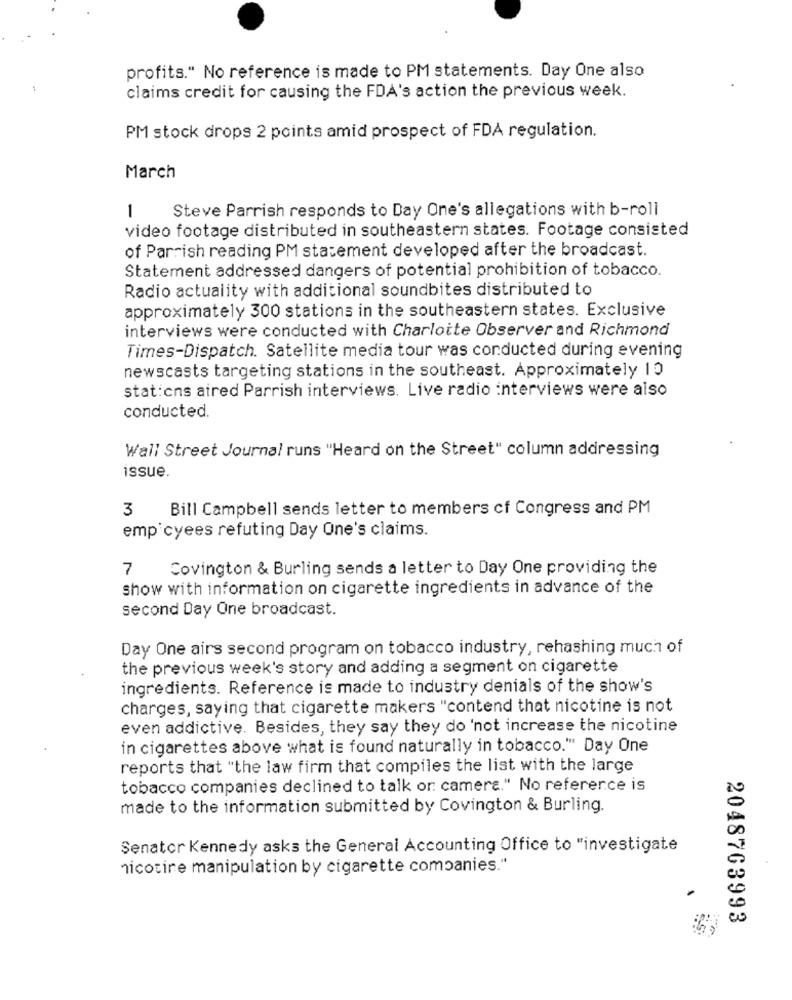
profits." No reference is made to PM statements. Day One also
claims credit for causing the FDA's action the previous week.
PM stock drops 2 points amid prospect of FDA regulation.
March
Steve Parrish responds to Day One's allegations with b-roll
1
video footage distributed in southeastern states. Footage consisted
of Parrish reading PM statement developed after the broadcast.
Statement addressed dangers of potential prohibition of tobacco.
Radio actuality with additional soundbites distributed to
approximately 300 stations in the southeastern states. Exclusive
interviews were conducted with Charlotte Observer and Richmond
Times-Dispatch. Satellite media tour was conducted during evening
newscasts targeting stations in the southeast. Approximately 10
stations aired Parrish interviews. Live radio interviews were also
conducted.
Wall Street Journal runs "Heard on the Street" column addressing
issue.
3
Bill Campbell sends letter to members of Congress and PM
emp cyees refuting Day One's claims.
7
Covington & Burling sends a letter to Day One providing the
show with information on cigarette ingredients in advance of the
second Day One broadcast.
Day One airs second program on tobacco industry, rehashing much of
the previous week's story and adding a segment on cigarette
ingredients. Reference is made to industry denials of the show's
charges, saying that cigarette makers "contend that nicotine is not
even addictive. Besides, they say they do 'not increase the nicotine
in cigarettes above what is found naturally in tobacco." Day One
reports that "the law firm that compiles the list with the large
tobacco companies declined to talk or camere." No reference is
made to the information submitted by Covington & Burling.
Senator Kennedy asks the General Accounting Office to "investigate
nicotine manipulation by cigarette companies."
2048763993